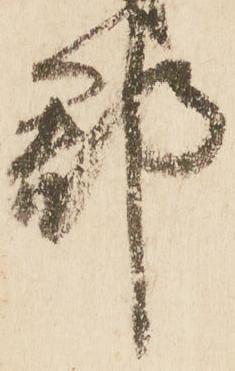
郡